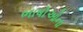
ભાષોઓના